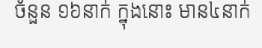
ចំនួន ១៦នាក់ ក្នុងនោះ មាន៤នាក់